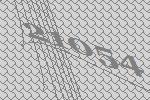
21054